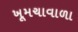
ખૂમચાવાળા